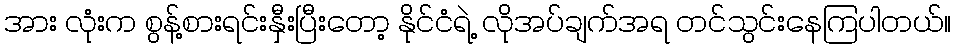
အား လုံးက စွန့်စားရင်းနှီးပြီးတော့ နိုင်ငံရဲ့ လိုအပ်ချက်အရ တင်သွင်းနေကြပါတယ်။